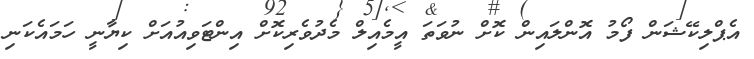
އެޕްލިކޭޝަން ފޯމު އޮންލައިން ކޮށް ނުވަތަ އީމެއިލް މެދުވެރިކޮށް އިންޓަވިއުއަށް ކިޔާނީ ހަމައެކަނި